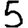
Digit: 5